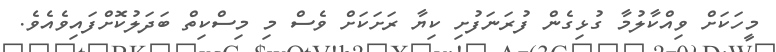
މީހަކަށް ވިއްކާލުމާ ގުޅިގެން ފުރަަނަފުށި ކިޔާ ރަށަކަށް ވެސް މި މިސްކިތް ބަދަލުކޮށްފައިވެއެވެ.